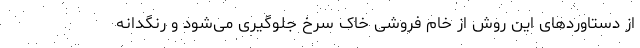
از دستاوردهای این روش از خام فروشی خاک سرخ جلوگیری می‌شود و رنگدانه